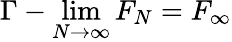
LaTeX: \Gamma-\operatorname*{lim}_{N\to\infty}F_{N}=F_{\infty}